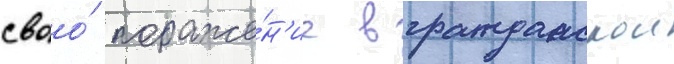
своо́ пораже́н'ие в гражданскои